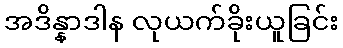
အဒိန္နာဒါန လုယက်ခိုးယူခြင်း